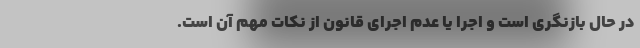
در حال بازنگری است و اجرا یا عدم اجرا‌ی قانون از نکات مهم آن است.